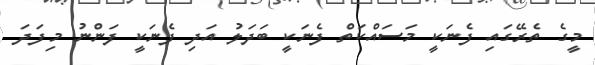
މީގެ ތެރޭގައި ފެނަކީ މަސައްކަތް ފެނަކީ ބަދަލު އަދި ފެނަކީ ފަންނު މިފަދަ